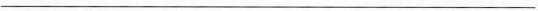
___